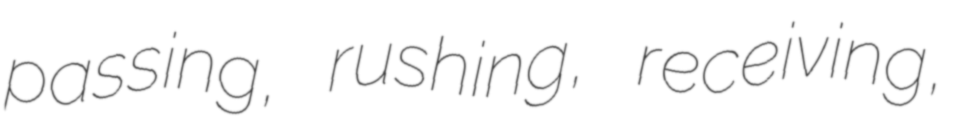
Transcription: passing, rushing, receiving,